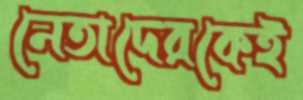
নেতাদেরকেই